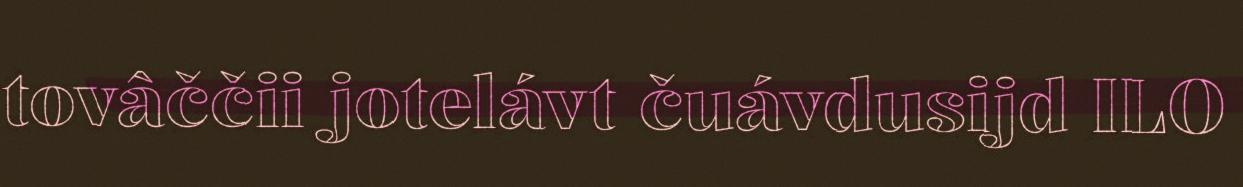
tovâččii jotelávt čuávdusijd ILO